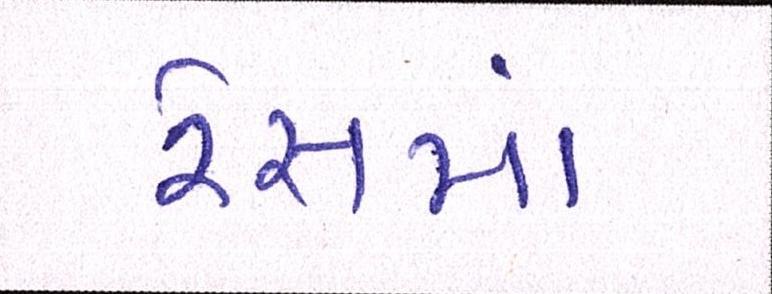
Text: રેસમાં